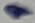
Text: 1